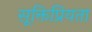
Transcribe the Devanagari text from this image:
सूक्तिप्रियता